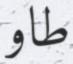
طاو